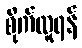
စိုက်ထူရန်